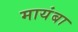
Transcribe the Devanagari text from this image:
मायंबा